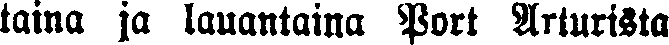
taina ja lauantaina Port Arturista